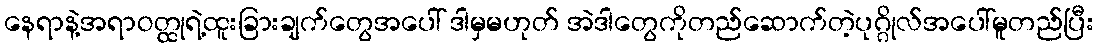
နေရာနဲ့အရာဝတ္ထုရဲ့ထူးခြားချက်တွေအပေါ် ဒါမှမဟုတ် အဲဒါတွေကိုတည်ဆောက်တဲ့ပုဂ္ဂိုလ်အပေါ်မူတည်ပြီး